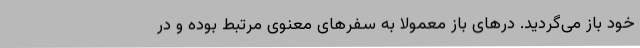
خود باز می‌گردید. درهای باز معمولاً به سفرهای معنوی مرتبط بوده و در